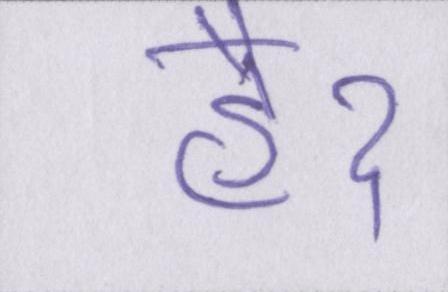
हैॽ